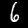
Digit: 6